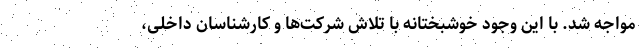
مواجه شد. با این وجود خوشبختانه با تلاش شرکت‌ها و کارشناسان داخلی،